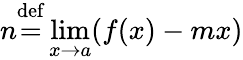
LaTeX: n{\stackrel{\mathrm{def}}{=}}\operatorname*{lim}_{x\rightarrow a}(f(x)-mx)